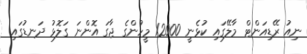
ނިއު ރޭޑިއަންޓް މާލޭގައި ކުޅެނީ 12000 މީހުންގެ ޖާގަ އޮންނަ ގަލޮޅު ދަނޑުގައި